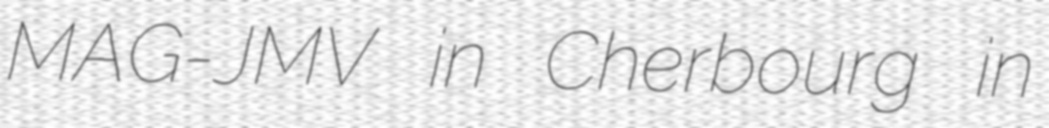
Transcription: MAG-JMV in Cherbourg in